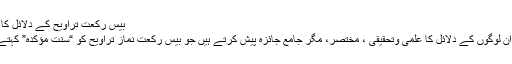
بیس رکعت تراویح کے دلائل کا جائزہ
اب ہم ان لوگوں کے دلائل کا علمی وتحقیقی ، مختصر، مگر جامع جائزہ پیش کرتے ہیں جو بیس رکعت نمازِ تراویح کو “سنتِ مؤکدہ” کہتے ہیں ۔